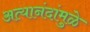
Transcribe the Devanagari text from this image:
अत्यानंदांमुळे